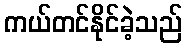
ကယ်တင်နိုင်ခဲ့သည်